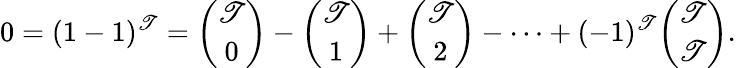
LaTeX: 0=(1-1)^{\mathscr{T}}={\binom{\mathscr{T}}{0}}-{\binom{\mathscr{T}}{1}}+{\binom{\mathscr{T}}{2}}-\cdots+(-1)^{\mathscr{T}}{\binom{\mathscr{T}}{\mathscr{T}}}.